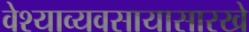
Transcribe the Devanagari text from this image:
वेश्याव्यवसायासारखे